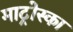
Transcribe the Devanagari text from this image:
माट्रोस्का